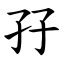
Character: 孖